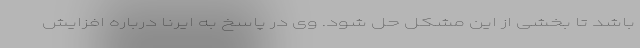
باشد تا بخشی از این مشکل حل شود. وی در پاسخ به ایرنا درباره افزایش